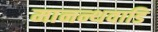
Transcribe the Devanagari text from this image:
मानन्थवाडि